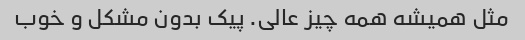
مثل همیشه همه چیز عالی. پیک بدون مشکل و خوب